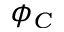
\phi _ { C }